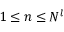
1 \le n \le N ^ { l }